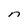
Character: n